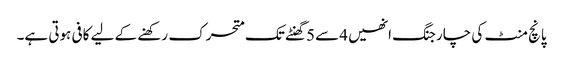
پانچ منٹ کی چارجنگ انھیں 4سے 5گھنٹے تک متحرک رکھنے کے لیے کافی ہوتی ہے۔